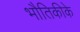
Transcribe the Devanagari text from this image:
भौतिकीके